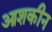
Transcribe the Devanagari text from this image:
आशकीन